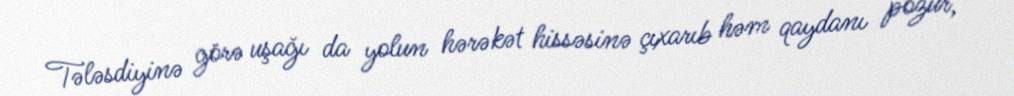
Tələsdiyinə görə uşağı da yolun hərəkət hissəsinə çıxarıb həm qaydanı pozur,